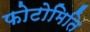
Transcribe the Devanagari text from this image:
फोटोमिति